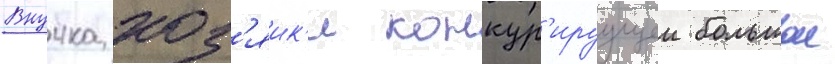
Внучка хоз'яик'и конкур'ируущеи большои